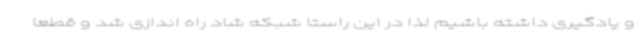
و یادگیری داشته باشیم لذا در این راستا شبکه شاد راه اندازی شد و قطعا